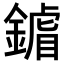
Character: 𨫶